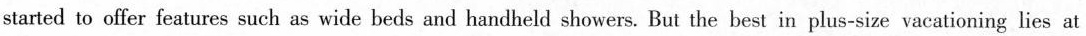
started to offer features such as wide beds and handheld showers. But the best in plus-size vacationing lies at